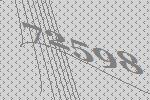
72598